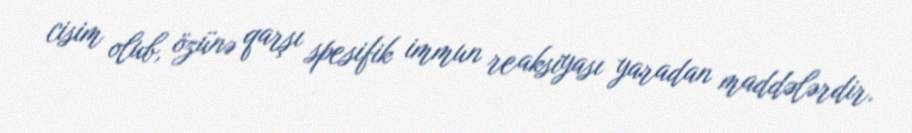
cisim olub, özünə qarşı spesifik immun reaksiyası yaradan maddələrdir.